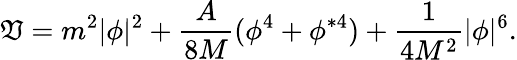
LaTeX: \mathfrak{V}=m^{2}|\phi|^{2}+\frac{{A}}{{8M}}(\phi^{4}+\phi^{*4})+\frac{{1}}{{4M^{2}}}|\phi|^{6}.